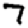
Digit: 7